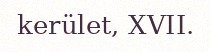
kerület, XVII.